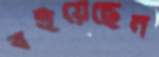
বইয়েছেন